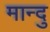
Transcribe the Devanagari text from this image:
मान्दु